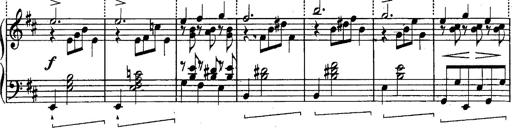
Title: Schubert's Impromptus [revised and edited by Franz Liszt]
Composer: Franz Liszt